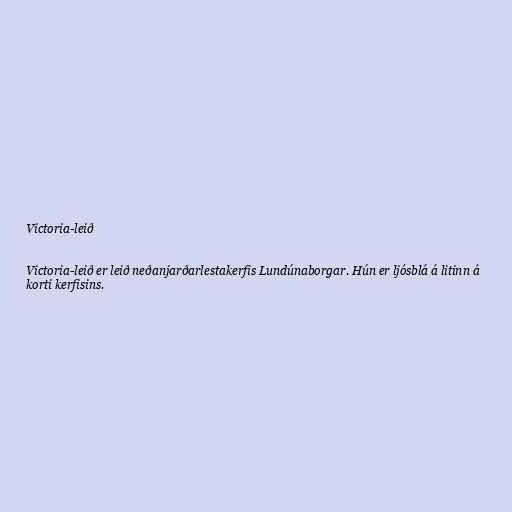
Victoria-leið

Victoria-leið er leið neðanjarðarlestakerfis Lundúnaborgar. Hún er ljósblá á litinn á
korti kerfisins.